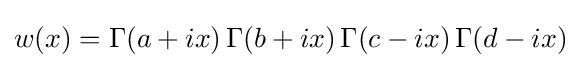
w(x)=\Gamma (a+ix)\,\Gamma (b+ix)\,\Gamma (c-ix)\,\Gamma (d-ix)